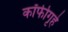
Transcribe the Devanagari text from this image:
कॉफीगृहे